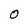
Character: 0